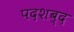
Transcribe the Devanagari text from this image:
पदशब्द